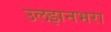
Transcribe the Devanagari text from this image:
उलझनभरा